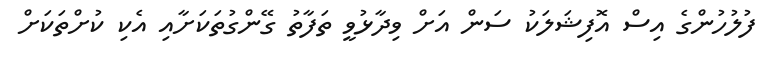
ފުލުހުންގެ އިސް އޮފިޝަލަކު ސަން އަށް ވިދާޅުވީ ތަފާތު ގޭންގުތަކަށާއި އެކި ކުށްތަކަށް